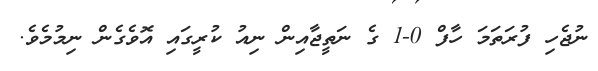
ނުޖެހި ފުރަތަމަ ހާފް 0-1 ގެ ނަތީޖާއިން ނިއު ކުރީގައި އޮވެގެން ނިމުމެވެ.